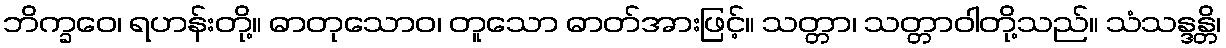
ဘိက္ခဝေ၊ ရဟန်းတို့။ ဓာတုသောဝ၊ တူသော ဓာတ်အားဖြင့်။ သတ္တာ၊ သတ္တာဝါတို့သည်။ သံသန္ဒန္တိ၊